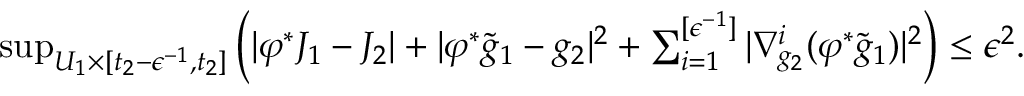
\begin{array} { r } { \operatorname* { s u p } _ { U _ { 1 } \times [ t _ { 2 } - \epsilon ^ { - 1 } , t _ { 2 } ] } \left( | \varphi ^ { * } J _ { 1 } - J _ { 2 } | + | \varphi ^ { * } \tilde { g } _ { 1 } - g _ { 2 } | ^ { 2 } + \sum _ { i = 1 } ^ { [ \epsilon ^ { - 1 } ] } | \nabla _ { g _ { 2 } } ^ { i } ( \varphi ^ { * } \tilde { g } _ { 1 } ) | ^ { 2 } \right) \le \epsilon ^ { 2 } . } \end{array}